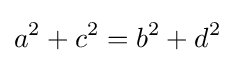
\displaystyle a^{2}+c^{2}=b^{2}+d^{2}